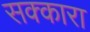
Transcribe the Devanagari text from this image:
सक्कारा